Civil Veterinary Department. Madras. Admin. report 1926-33 - 1926-1933
Year: 1926
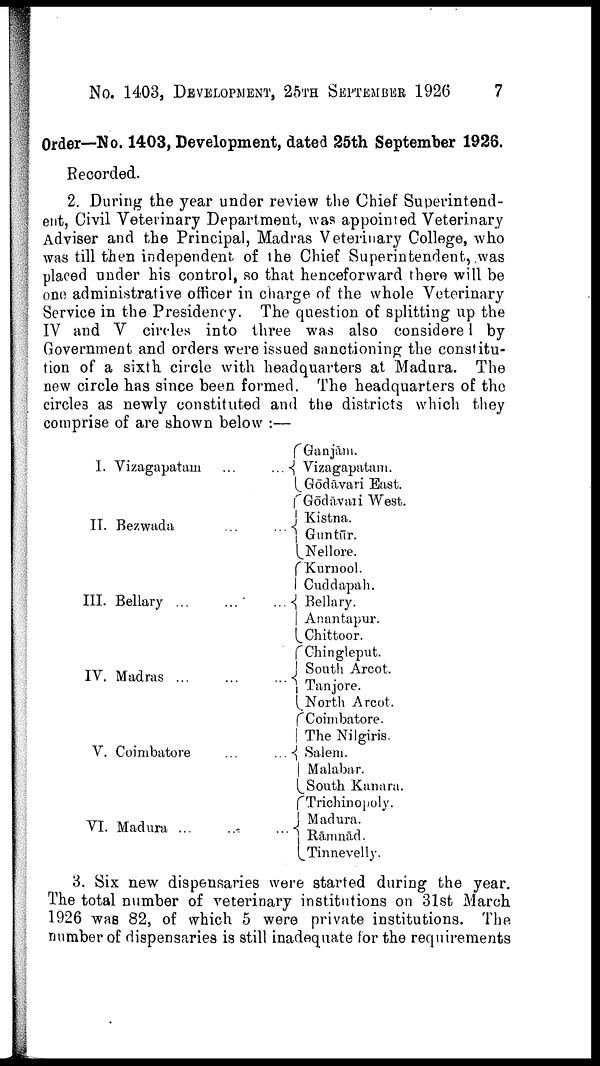
No. 1403, DEVELOPMENT, 25TH SEPTEMBER 1926
7
Order—No. 1403, Development, dated 25th September 1926.
Recorded.
2. During the year under review the Chief Superintend
ent, Civil Veterinary Department, was appointed Veterinary
Adviser and the Principal, Madras Veterinary College, who
was till then independent of the Chief Superintendent, was
placed under his control, so that henceforward there will be
one administrative officer in charge of the whole Veterinary
Service in the Presidency. The question of splitting up the
IV and V circles into three was also considered by
Government and orders were issued sanctioning the constitu
tion of a sixth circle with headquarters at Madura. The
new circle has since been formed. The headquarters of the
circles as newly constituted and the districts which they
comprise of are shown below:—
I.
Vizagapatam
...
...
II. Bezwada
...
...
III. Bellary
...
...
...
IV. Madras ...
...
...
V. Coimbatore ... ...
VI. Madura
...
...
...
Ganjām.
Vizagapatam.
Gōdāvari East.
Gōdāvari West.
Kistna.
Guntūr.
Nellore.
Kurnool.
Cuddapah.
Bellary.
Anantapur.
Chittoor.
Chingleput.
South Arcot.
Tanjore.
North Arcot.
Coimbatore.
The Nilgiris.
Salem.
Malabar.
South Kanara.
Trichinopoly.
Madura.
Rāmnād.
Tinnevelly.
3. Six new dispensaries were started during the year.
The total number of veterinary institutions on 31st March
1926 was 82, of which 5 were private institutions. The
number of dispensaries is still inadequate for the requirements